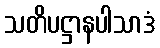
သတိပဋ္ဌာနပါသာဒံ